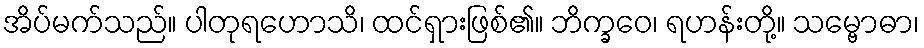
အိပ်မက်သည်။ ပါတုရဟောသိ၊ ထင်ရှားဖြစ်၏။ ဘိက္ခဝေ၊ ရဟန်းတို့။ သမ္ဗောဓာ၊